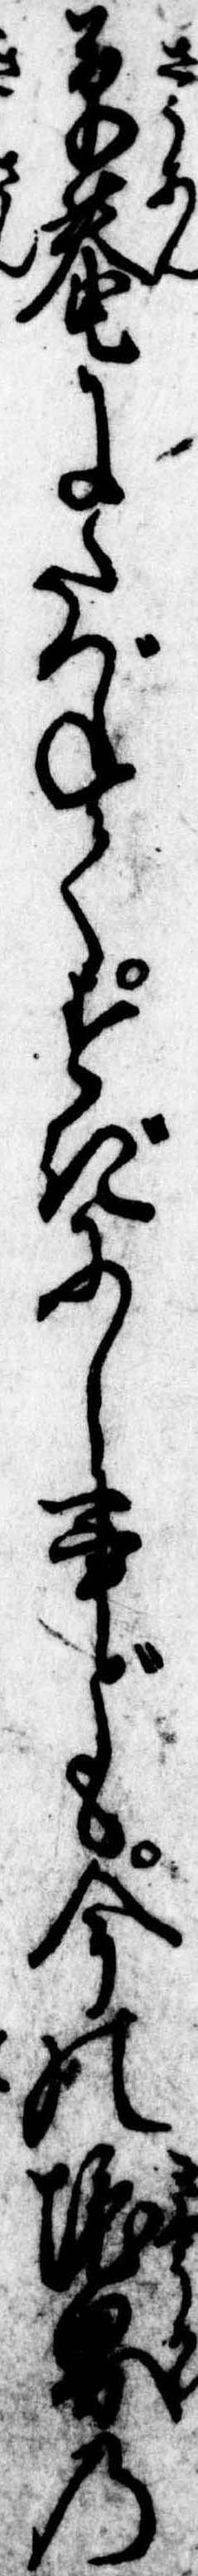
草庵にたづねてすぎにし事ども今の境界の